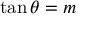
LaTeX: \tan \theta = m